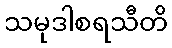
သမုဒါစရသီတိ